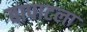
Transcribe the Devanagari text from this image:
बापाटला